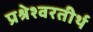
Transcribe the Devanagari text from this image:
प्रश्रेश्वरतीर्थ